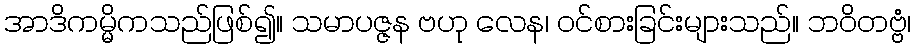
အာဒိကမ္မိကသည်ဖြစ်၍။ သမာပဇ္ဇန ဗဟု လေန၊ ဝင်စားခြင်းများသည်။ ဘဝိတဗ္ဗံ၊